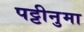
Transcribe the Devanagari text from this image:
पट्टीनुमा